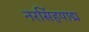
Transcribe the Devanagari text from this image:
नरसिंहपाद्म